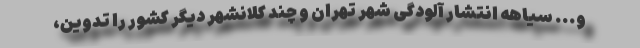
و... سیاهه انتشار آلودگی شهر تهران و چند کلانشهر دیگر کشور را تدوین،